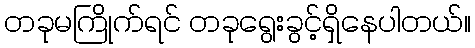
တခုမကြိုက်ရင် တခုရွေးခွင့်ရှိနေပါတယ်။